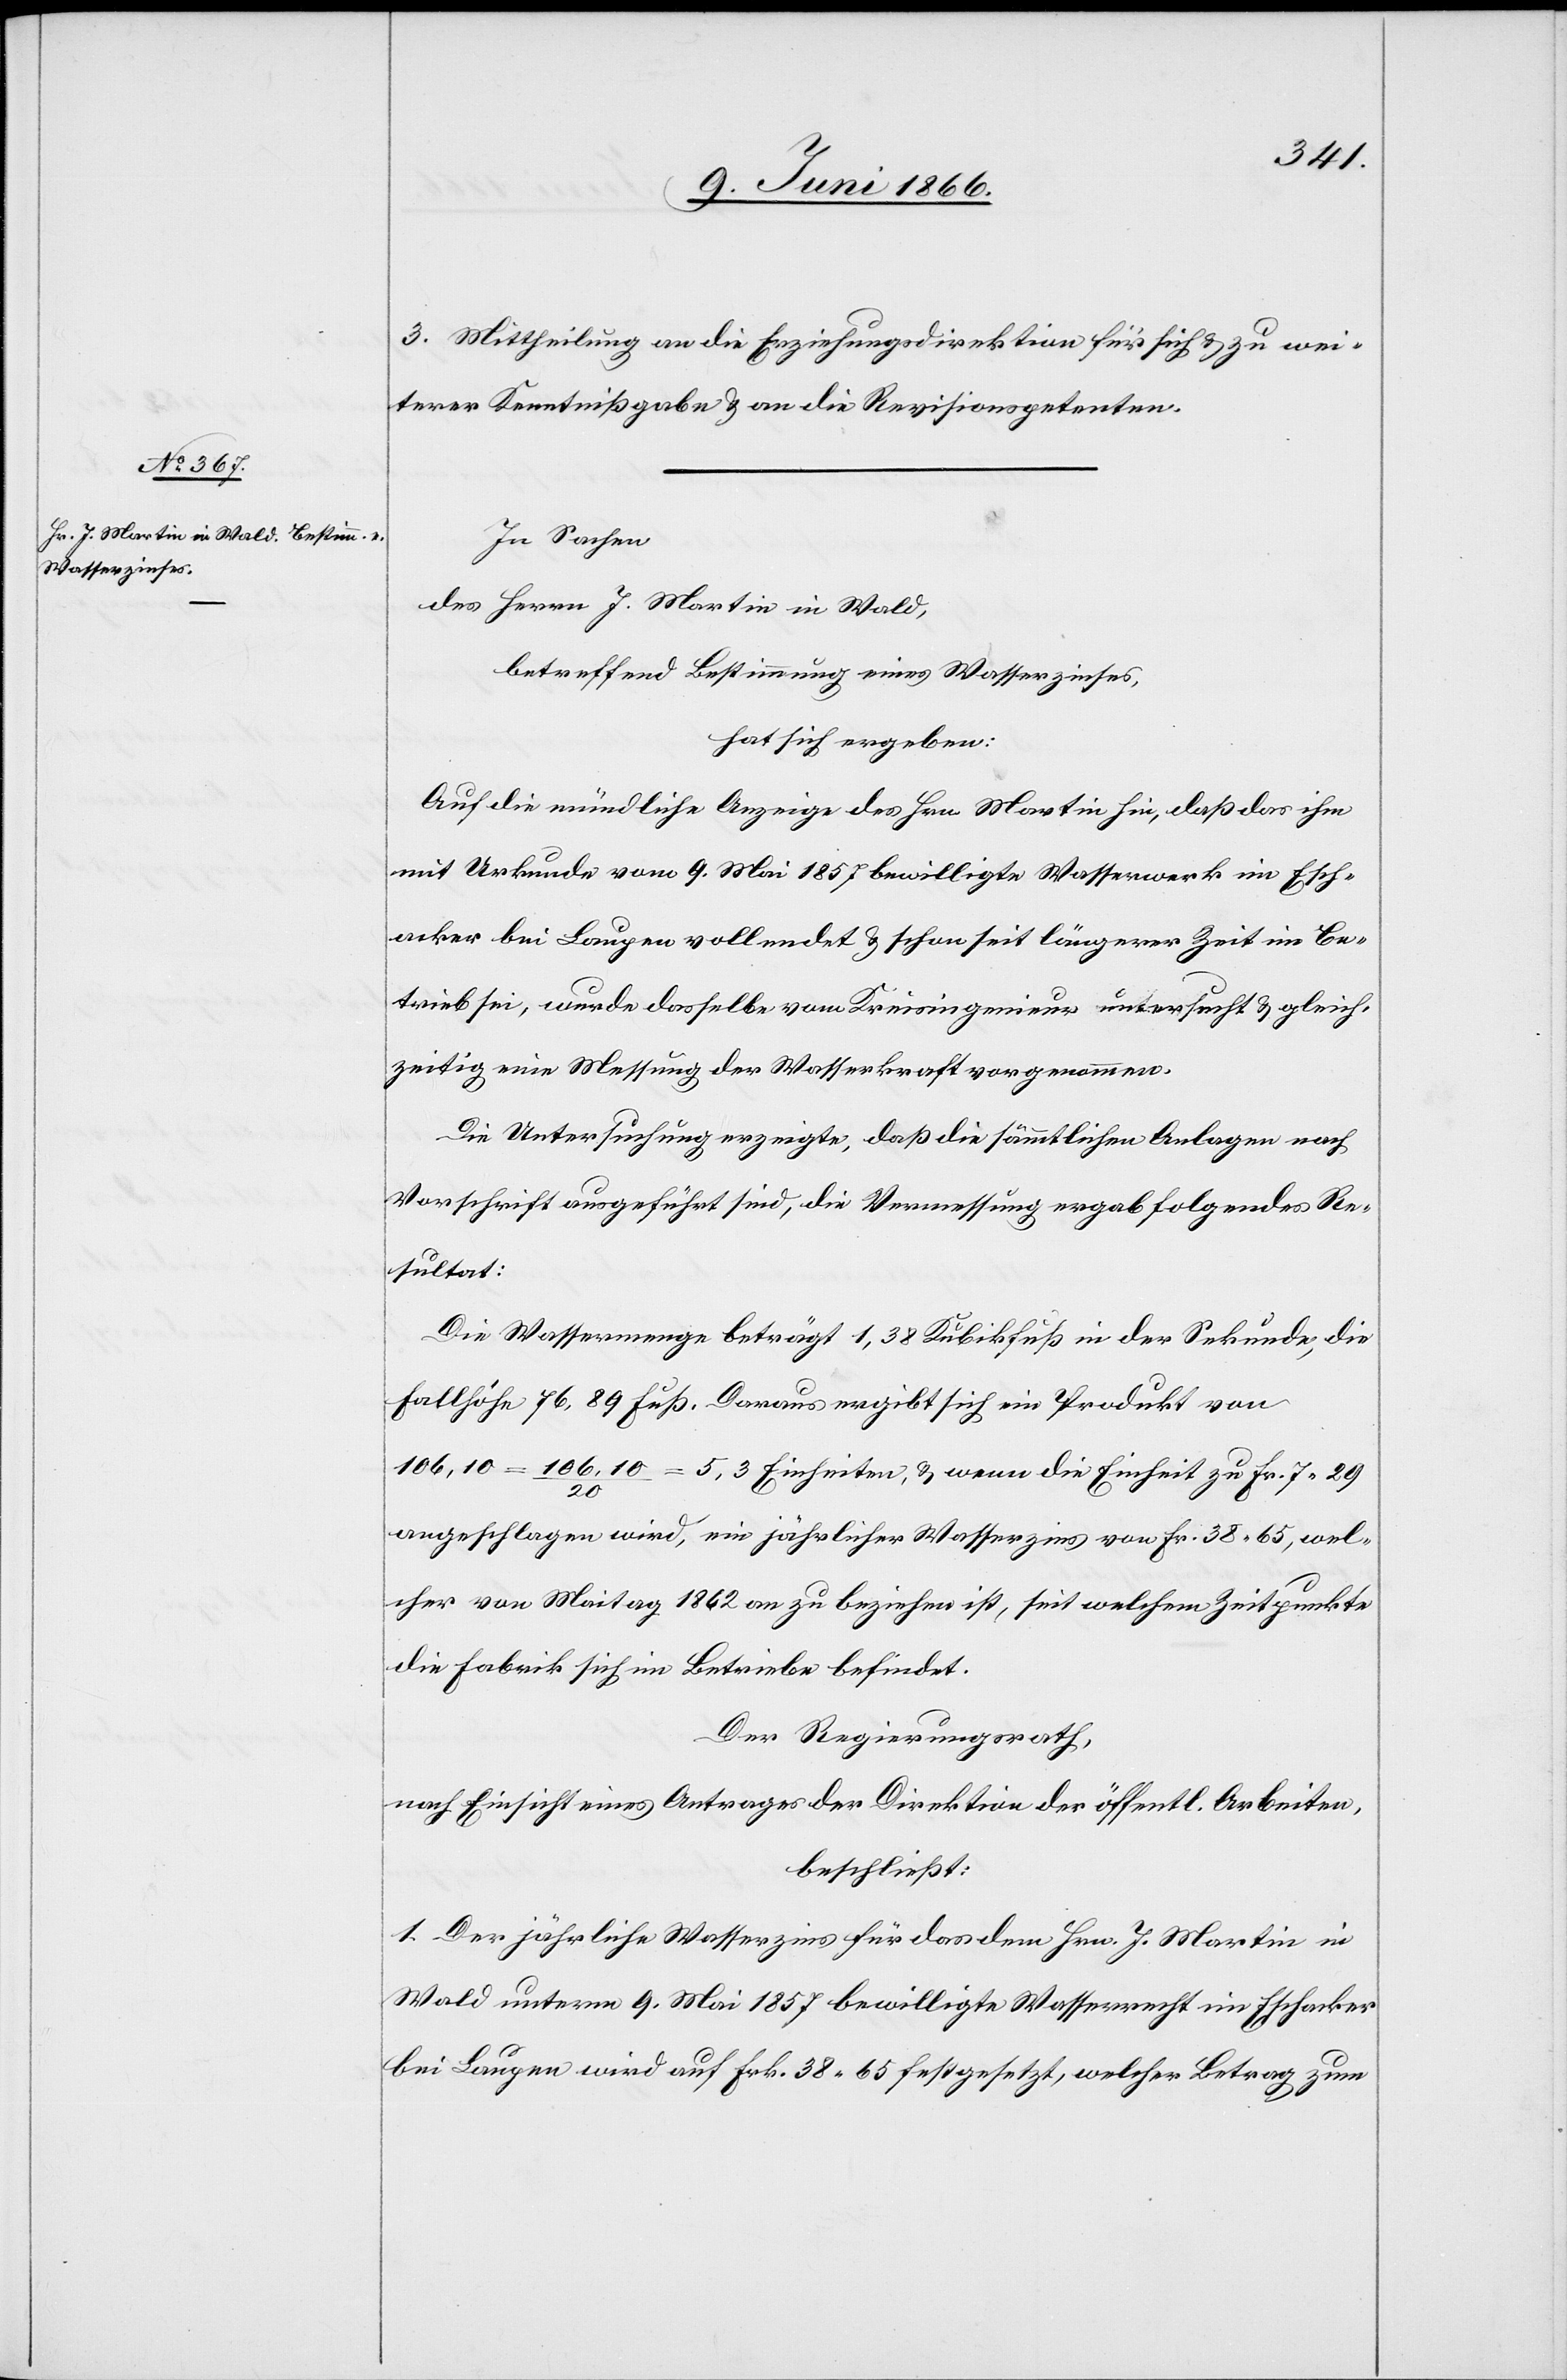
3. Mittheilung an die Erziehungsdirektion für sich u. zu wei¬
terer Kenntnißgabe u. an die Revisionspetenten.
In Sachen
des Herrn J. Martin in Wald,
betreffend Bestimmung eines Wasserzinses,
hat sich ergeben:
Auf die mündliche Anzeige des Hrn. Martin hin, daß das ihm
mit Urkunde vom 9. Mai 1857 bewilligte Wasserwerk im Esch¬
acker bei Laupen vollendet u. schon seit längerer Zeit im Be¬
trieb sei, wurde dasselbe vom Kreisingenieur untersucht u. gleich¬
zeitig eine Messung der Wasserkraft vorgenommen.
Die Untersuchung erzeigte, daß die sämmtlichen Anlagen nach
Vorschrift ausgeführt, die Vermessung ergab folgendes Re¬
sultat:
Die Wassermenge beträgt 1,38 Kubikfuß in der Sekunde, die
Fallhöhe 76. 89 Fuß. Daraus ergibt sich ein Produkt von
106,10 = 106,10 / 20 = 5,3 Einheiten, u. wenn die Einheit zu Fr. 7.29
angeschlagen wird, ein jährlicher Wasserzins von Frk. 38.65, wel¬
cher von Maitag 1862 an zu beziehen ist, sei welchem Zeitpunkte
die Fabrik sich im Betreibe befindet.
Der Regierungsrath,
nach Einsicht eines Antrages der Direktion der öffentl. Arbeiten,
beschließt:
1. Der jährliche Wasserzins für das dem Hrn. J. Martin in
Wald unterm 9. Mai 1857 bewilligte Wasserrecht im Eschacker
bei Laupen wird auf Frk. 38.65 festgesetzt, welcher Betrag zum